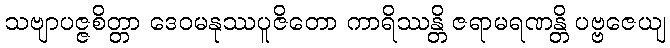
သဗျာပဇ္ဇစိတ္တာ ဒေဝမနုဿပူဇိတော ကာရိဿန္တိ ဇရာမရဏန္တိ ပဗ္ဗဇေယျ